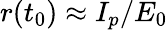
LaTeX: r(t_{0})\approx I_{p}/E_{0}